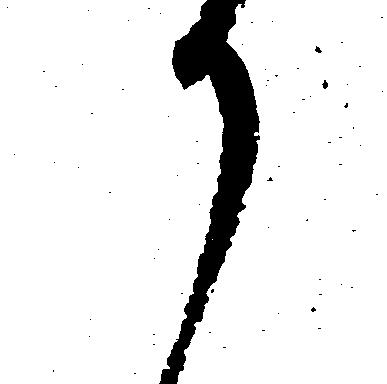
か